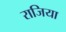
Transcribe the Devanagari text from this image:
राजिया